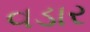
વડાર